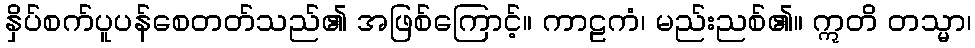
နှိပ်စက်ပူပန်စေတတ်သည်၏ အဖြစ်ကြောင့်။ ကာဠကံ၊ မည်းညစ်၏။ ဣတိ တသ္မာ၊